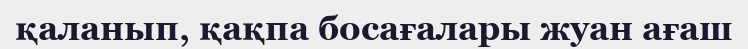
қаланып, қақпа босағалары жуан ағаш